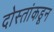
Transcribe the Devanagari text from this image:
दोस्तांकडून